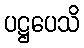
ပဋ္ဌပေသိ